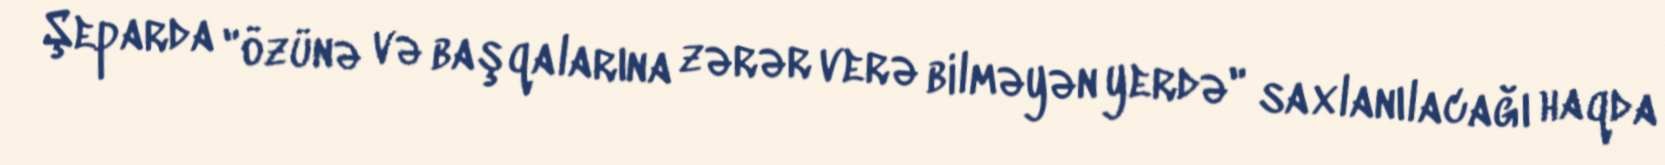
Şeparda "özünə və başqalarına zərər verə bilməyən yerdə" saxlanılacağı haqda